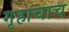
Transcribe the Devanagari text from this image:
गृहाचाच